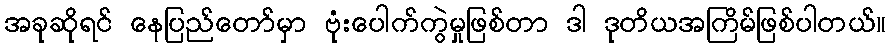
အခုဆိုရင် နေပြည်တော်မှာ ဗုံးပေါက်ကွဲမှုဖြစ်တာ ဒါ ဒုတိယအကြိမ်ဖြစ်ပါတယ်။